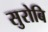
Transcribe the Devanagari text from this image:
सुरोबि